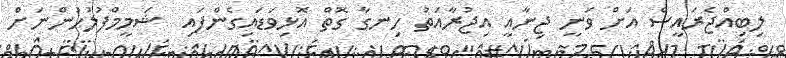
ލިބިއްޖެރައީސް އަށް ވަނީ ޖިނާއީ އިޖުރާއަތު ހިނގާ ގޮތް އޮޅިވަޑައިގެންފައި  ޝަމީމްފުލުހުންނަށް